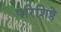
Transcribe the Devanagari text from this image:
परिशिष्ठे